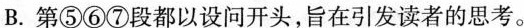
B.第⑤⑥⑦段都以设问开头，旨在引发读者的思考。